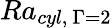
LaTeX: Ra_{cyl,\ \Gamma=2}